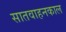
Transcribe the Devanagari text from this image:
सातवाहनकाल